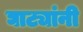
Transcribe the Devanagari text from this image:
घाट्यांनी